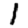
Digit: 1